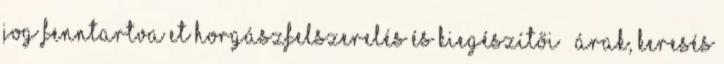
jog fenntartva ET horgászfelszerelés és kiegészítői – Árak, keresés